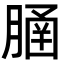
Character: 𦞞